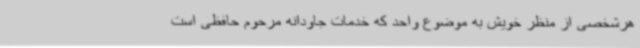
هرشخصی از منظر خویش به موضوع واحد که خدمات جاودانه مرحوم حافظی است